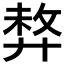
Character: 𢍛